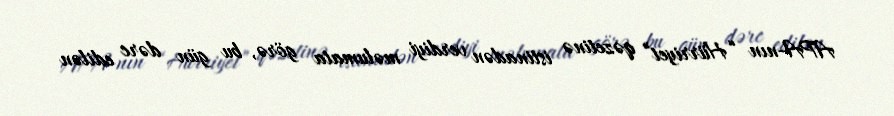
APA-nın “Hürriyet” qəzetinə istinadən verdiyi məlumata görə, bu gün dərc edilən